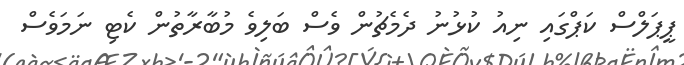
ޕީޕަލްސް ކަޕްގައި ނިއު ކުޅުނު ދެމެޗުން ވެސް ބަލިވެ މުބާރާތުން ކެޓި ނަމަވެސް